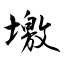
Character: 墽